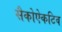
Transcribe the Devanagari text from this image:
सैकोऐकटिव